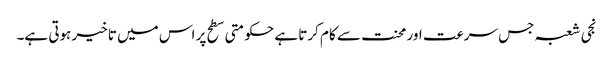
نجی شعبہ جس سرعت اور محنت سے کام کرتا ہے حکومتی سطح پر اس میں تاخیر ہوتی ہے۔